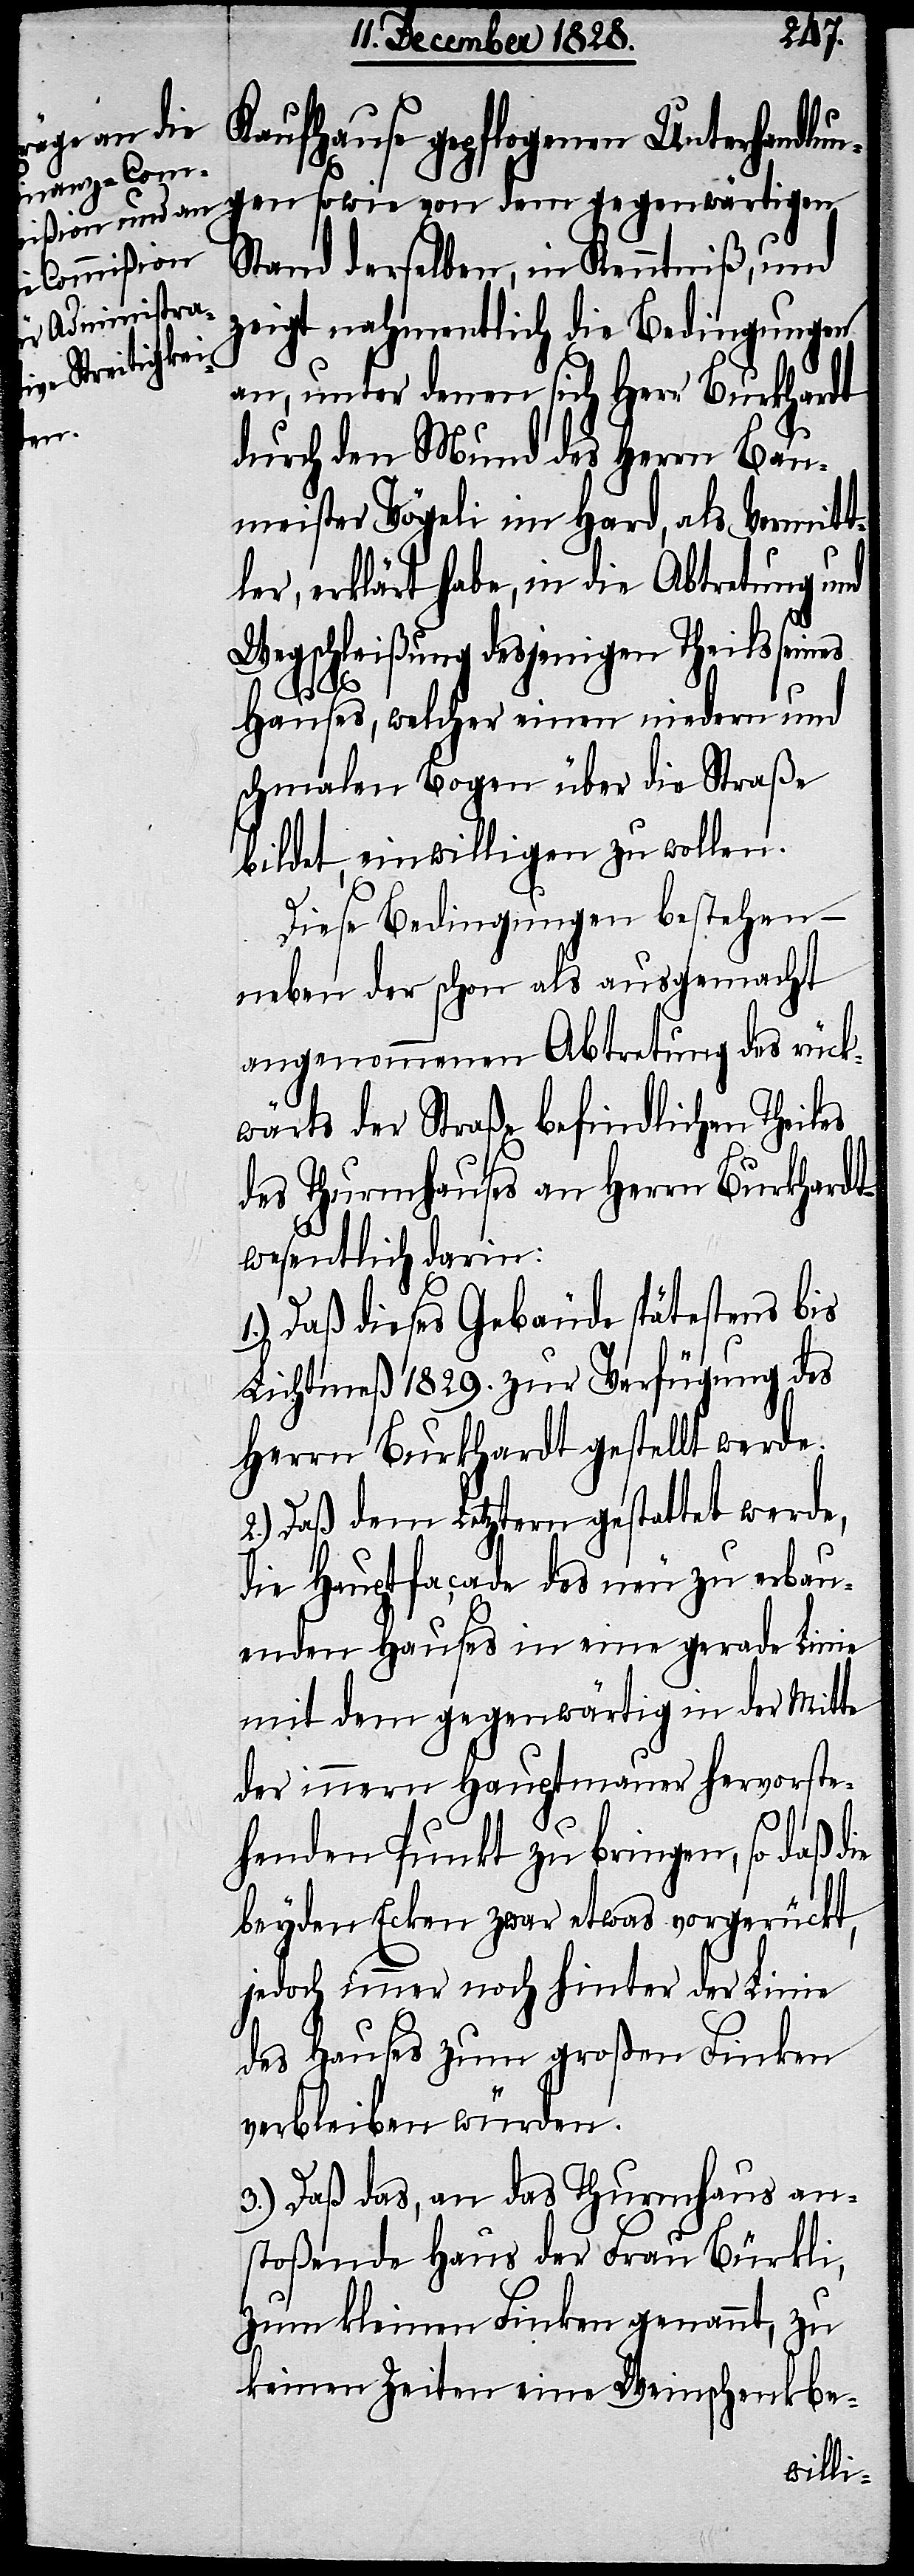
Kaufhause gepflogenen Unterhandlu¬
ngen sowie von dem gegenwärtigen
Stand derselben, in Kenntniß, und
zeigt nahmentlich die Bedingungen
an, unter denen sich Herr Burkhardt
durch den Mund des Herrn Bau¬
meister Vögeli im Hard, als Vermitt¬
ler, erklärt habe, in die Abtretung und
Wegschleißung desjenigen Theils seines
Hauses, welcher einen niedern und
schmalen Bogen über die Straße
bildet, einwilligen zu wollen.
Diese Bedingungen bestehen –
neben der schon als ausgemacht
angenommenen Abtretung des rück¬
wärts der Straße befindlichen Theiles
des Thurmhauses an Herrn Burkhardt –
wesentlich darin:
1.) Daß dieses Gebäude spätestens bis
Lichtmeß 1829. zur Verfügung des
Herrn Burkhardt gestellt werde.
2.) Daß dem Letztern gestattet werde,
die Hauptfaçade des neu zu erbau¬
enden Hauses in eine gerade Linie
mit dem gegenwärtig in der Mitte
der innern Hauptmauer hervorste¬
henden Punkt zu bringen, so daß die
beyden Ecken zwar etwas vorgerückt,
jedoch immer noch hinter der Linie
des Hauses zum großen Finken
verbleiben würden.
3.) Daß das, an das Thurmhaus an¬
stoßende Haus der Frau Bükli,
zum kleinen Finken genannt, zu
keinen Zeiten eine Weinschenkbe-